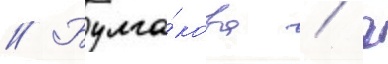
// Булга́кова / г